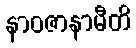
နာဝဇာနာမီတိ